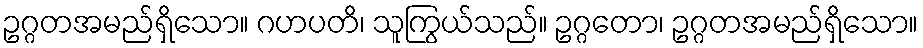
ဥဂ္ဂတအမည်ရှိသော။ ဂဟပတိ၊ သူကြွယ်သည်။ ဥဂ္ဂတော၊ ဥဂ္ဂတအမည်ရှိသော။